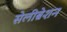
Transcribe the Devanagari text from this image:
सेलीब्रेशन